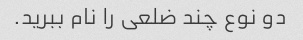
دو نوع چند ضلعی را نام ببرید.